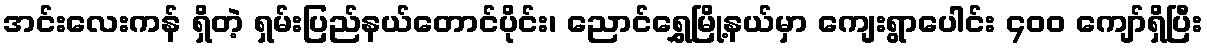
အင်းလေးကန် ရှိတဲ့ ရှမ်းပြည်နယ်တောင်ပိုင်း၊ ညောင်ရွှေမြို့နယ်မှာ ကျေးရွာပေါင်း ၄၀၀ ကျော်ရှိပြီး